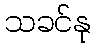
သခင်နု